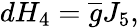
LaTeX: dH_{4}=\overline{{{g}}}J_{5},